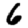
Digit: 6